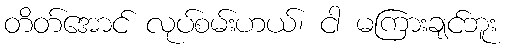
တိတ်အောင် လုပ်စမ်းဟယ်၊ ငါ မကြားချင်ဘူး